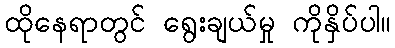
ထိုနေရာတွင် ရွေးချယ်မှု ကိုနှိပ်ပါ။